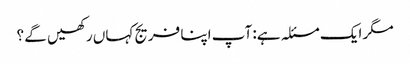
مگر ایک مسئلہ ہے: آپ اپنا فریج کہاں رکھیں گے ؟